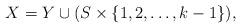
LaTeX: \begin{align*}X=Y \cup (S \times \{1,2,\ldots,k-1\}),\end{align*}